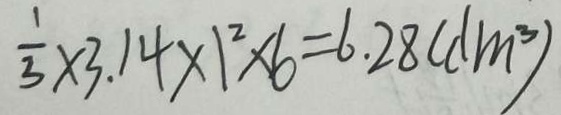
\frac { 1 } { 3 } \times 3 . 1 4 \times 1 ^ { 2 } \times 6 = 6 . 2 8 ( d m ^ { 3 } )